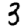
Digit: 3